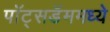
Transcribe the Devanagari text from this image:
पॉट्सडॅममध्ये